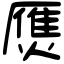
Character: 㷳